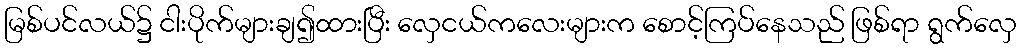
မြစ်ပင်လယ်၌ ငါးပိုက်များချ၍ထားပြီး လှေငယ်ကလေးများက စောင့်ကြပ်နေသည် ဖြစ်ရာ ရွက်လှေ